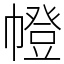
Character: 㡠